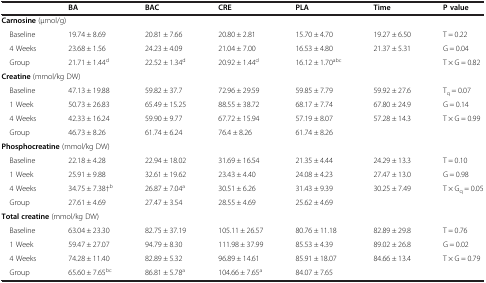
<table><thead><tr><td></td><td><b>BA</b></td><td><b>BAC</b></td><td><b>CRE</b></td><td><b>PLA</b></td><td><b>Time</b></td><td><b>P value</b></td></tr></thead><tbody><tr><td colspan="7"><b>Carnosine</b> (μmol/g)</td></tr><tr><td> Baseline</td><td>19.74 ± 8.69</td><td>20.81 ± 7.66</td><td>20.80 ± 2.81</td><td>15.70 ± 4.70</td><td>19.27 ± 6.50</td><td>T = 0.22</td></tr><tr><td> 4 Weeks</td><td>23.68 ± 1.56</td><td>24.23 ± 4.09</td><td>21.04 ± 7.00</td><td>16.53 ± 4.80</td><td>21.37 ± 5.31</td><td>G = 0.04</td></tr><tr><td> Group</td><td>21.71 ± 1.44<sup>d</sup></td><td>22.52 ± 1.34<sup>d</sup></td><td>20.92 ± 1.44<sup>d</sup></td><td>16.12 ± 1.70<sup>abc</sup></td><td></td><td>T × G = 0.82</td></tr><tr><td colspan="7"><b>Creatine</b> (mmol/kg DW)</td></tr><tr><td> Baseline</td><td>47.13 ± 19.88</td><td>59.82 ± 37.7</td><td>72.96 ± 29.59</td><td>59.85 ± 7.79</td><td>59.92 ± 27.6</td><td>T<sub>q</sub> = 0.07</td></tr><tr><td> 1 Week</td><td>50.73 ± 26.83</td><td>65.49 ± 15.25</td><td>88.55 ± 38.72</td><td>68.17 ± 7.74</td><td>67.80 ± 24.9</td><td>G = 0.14</td></tr><tr><td> 4 Weeks</td><td>42.33 ± 16.24</td><td>59.90 ± 9.77</td><td>67.72 ± 15.94</td><td>57.19 ± 8.07</td><td>57.28 ± 14.3</td><td>T × G = 0.99</td></tr><tr><td> Group</td><td>46.73 ± 8.26</td><td>61.74 ± 6.24</td><td>76.4 ± 8.26</td><td>61.74 ± 8.26</td><td></td><td></td></tr><tr><td colspan="7"><b>Phosphocreatine</b> (mmol/kg DW)</td></tr><tr><td> Baseline</td><td>22.18 ± 4.28</td><td>22.94 ± 18.02</td><td>31.69 ± 16.54</td><td>21.35 ± 4.44</td><td>24.29 ± 13.3</td><td>T = 0.10</td></tr><tr><td> 1 Week</td><td>25.91 ± 9.88</td><td>32.61 ± 19.62</td><td>23.43 ± 4.40</td><td>24.08 ± 4.23</td><td>27.47 ± 13.0</td><td>G = 0.98</td></tr><tr><td> 4 Weeks</td><td>34.75 ± 7.38†<sup>b</sup></td><td>26.87 ± 7.04<sup>a</sup></td><td>30.51 ± 6.26</td><td>31.43 ± 9.39</td><td>30.25 ± 7.49</td><td>T × G<sub>q</sub> = 0.05</td></tr><tr><td> Group</td><td>27.61 ± 4.69</td><td>27.47 ± 3.54</td><td>28.55 ± 4.69</td><td>25.62 ± 4.69</td><td></td><td></td></tr><tr><td colspan="7"><b>Total creatine</b> (mmol/kg DW)</td></tr><tr><td> Baseline</td><td>63.04 ± 23.30</td><td>82.75 ± 37.19</td><td>105.11 ± 26.57</td><td>80.76 ± 11.18</td><td>82.89 ± 29.8</td><td>T = 0.76</td></tr><tr><td> 1 Week</td><td>59.47 ± 27.07</td><td>94.79 ± 8.30</td><td>111.98 ± 37.99</td><td>85.53 ± 4.39</td><td>89.02 ± 26.8</td><td>G = 0.02</td></tr><tr><td> 4 Weeks</td><td>74.28 ± 11.40</td><td>82.89 ± 5.32</td><td>96.89 ± 14.61</td><td>85.91 ± 18.07</td><td>84.66 ± 13.4</td><td>T × G = 0.79</td></tr><tr><td> Group</td><td>65.60 ± 7.65<sup>bc</sup></td><td>86.81 ± 5.78<sup>a</sup></td><td>104.66 ± 7.65<sup>a</sup></td><td>84.07 ± 7.65</td><td></td><td></td></tr></tbody></table>